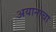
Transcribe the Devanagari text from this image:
अयानाचा